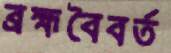
ব্রহ্মবৈবর্ত